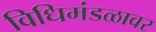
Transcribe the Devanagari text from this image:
विधिमंडळावर